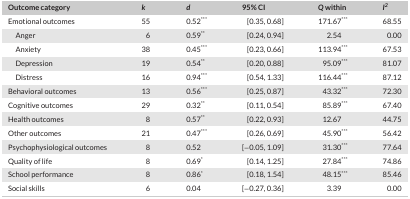
<table><thead><tr><td><b>Outcome category</b></td><td><b><i>k</i></b></td><td><b><i>d</i></b></td><td><b>95% CI</b></td><td><b><i>Q</i> within</b></td><td><b><i>I<sup>2</sup></i></b></td></tr></thead><tbody><tr><td>Emotional outcomes</td><td>55</td><td>0.52***</td><td>[0.35, 0.68]</td><td>171.67***</td><td>68.55</td></tr><tr><td>Anger</td><td>6</td><td>0.59**</td><td>[0.24, 0.94]</td><td>2.54</td><td>0.00</td></tr><tr><td>Anxiety</td><td>38</td><td>0.45***</td><td>[0.23, 0.66]</td><td>113.94***</td><td>67.53</td></tr><tr><td>Depression</td><td>19</td><td>0.54**</td><td>[0.20, 0.88]</td><td>95.09***</td><td>81.07</td></tr><tr><td>Distress</td><td>16</td><td>0.94***</td><td>[0.54, 1.33]</td><td>116.44***</td><td>87.12</td></tr><tr><td>Behavioral outcomes</td><td>13</td><td>0.56***</td><td>[0.25, 0.87]</td><td>43.32***</td><td>72.30</td></tr><tr><td>Cognitive outcomes</td><td>29</td><td>0.32**</td><td>[0.11, 0.54]</td><td>85.89***</td><td>67.40</td></tr><tr><td>Health outcomes</td><td>8</td><td>0.57**</td><td>[0.22, 0.93]</td><td>12.67</td><td>44.75</td></tr><tr><td>Other outcomes</td><td>21</td><td>0.47***</td><td>[0.26, 0.69]</td><td>45.90***</td><td>56.42</td></tr><tr><td>Psychophysiological outcomes</td><td>8</td><td>0.52</td><td>[−0.05, 1.09]</td><td>31.30***</td><td>77.64</td></tr><tr><td>Quality of life</td><td>8</td><td>0.69*</td><td>[0.14, 1.25]</td><td>27.84***</td><td>74.86</td></tr><tr><td>School performance</td><td>8</td><td>0.86*</td><td>[0.18, 1.54]</td><td>48.15***</td><td>85.46</td></tr><tr><td>Social skills</td><td>6</td><td>0.04</td><td>[−0.27, 0.36]</td><td>3.39</td><td>0.00</td></tr></tbody></table>